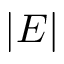
\lvert E \rvert